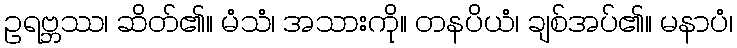
ဥရဗ္ဘဿ၊ ဆိတ်၏။ မံသံ၊ အသားကို။ တနပိယံ၊ ချစ်အပ်၏။ မနာပံ၊